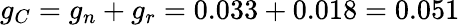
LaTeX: g_{C}=g_{n}+g_{r}=0.033+0.018=0.051